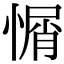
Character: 𢞜